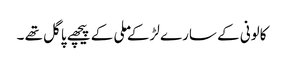
کالونی کے سارے لڑکے ملی کے پیچھے پاگل تھے ۔